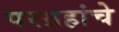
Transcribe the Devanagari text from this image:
परग्रहांचे